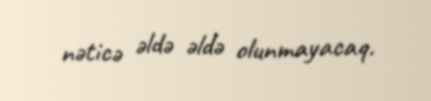
nəticə əldə əldə olunmayacaq.